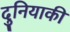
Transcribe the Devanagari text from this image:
दुनियाकी